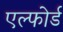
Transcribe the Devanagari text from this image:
एल्फोर्ड